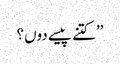
’’کتنے پیسے دوں؟